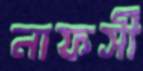
নাফসী